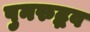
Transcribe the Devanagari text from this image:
पुनरुद्भव